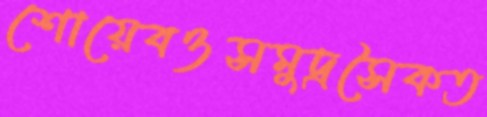
শোয়েবওসমুদ্রসৈকত